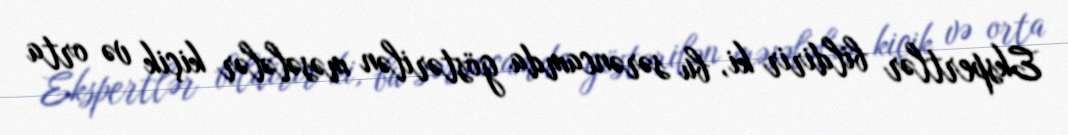
Ekspertlər bildirir ki, bu sərəncamda göstərilən məsələlər kiçik və orta